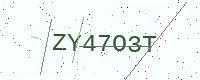
Text: ZY47O3T